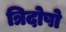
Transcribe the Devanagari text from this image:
त्रिदोषो